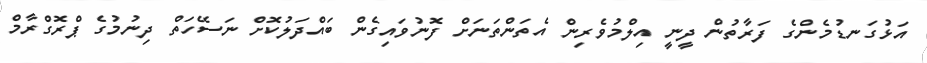
އަޅުގަނޑުމެންގެ ފަރާތުން ދީނީ އިލްމުވެރިން އެތަންތަނަށް ފޮނުވައިގެން ބައްދަލުކޮށް ނަސޭހަތް ދިނުމުގެ ޕްރޮގްރާމް